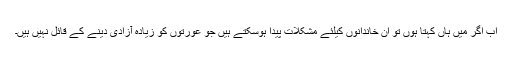
اب اگر میں ہاں کہتا ہوں تو ان خاندانوں کیلئے مشکلات پیدا ہوسکتے ہیں جو عورتوں کو زیاده آزادى دینے کے قائل نہیں ہیں۔